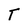
Character: T